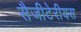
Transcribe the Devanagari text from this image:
सैजीटेरीयस